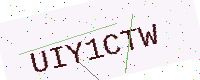
Text: UIY1CTW